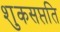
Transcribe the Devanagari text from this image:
शुकसप्तति